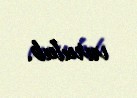
vurulub.